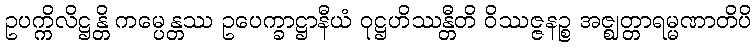
ဥပက္ကိလိဋ္ဌန္တိ ကမ္ပေန္တဿ ဥပေက္ခာဋ္ဌာနီယံ ဝုဋ္ဌဟိဿန္တီတိ ဝိဿဇ္ဇနဉ္စ အဇ္ဈတ္တာရမ္မဏာတိပိ